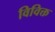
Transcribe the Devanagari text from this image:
विविक्त